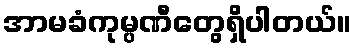
အာမခံကုမ္ပဏီတွေရှိပါတယ်။